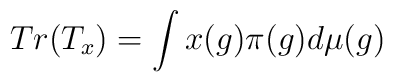
Tr(T_{x})=\int     x(g)\pi(g)d\mu(g)